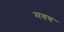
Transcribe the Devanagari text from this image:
मधव